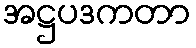
အဋ္ဌပဒကတာ